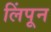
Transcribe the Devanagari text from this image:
लिंपून